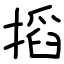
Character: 搯